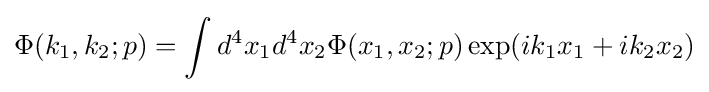
\Phi (k_{1},k_{2};p)=\int d^{4}x_{1}d^{4}x_{2}\Phi (x_{1},x_{2};p)\exp(ik_{1}x_{1}+ik_{2}x_{2})